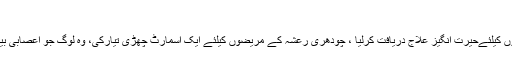
نیہا چودھری
پاکستانی طالبہ نیہا چودھری نے دماغ کی موذی بیماری پارکنسنز کے مریضوں کیلئےحیرت انگیز علاج دریافت کرلیا ، چودھری رعشہ کے مریضوں کیلئے ایک اسمارٹ چھڑی تیارکی، وہ لوگ جو اعصابی بیماری کے باعث چل نہیں سکتے اس چھڑی کی مدد سے دوبارہ چل سکیں گے۔